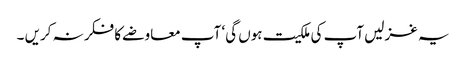
یہ غزلیں آپ کی ملکیت ہوں گی‘ آپ معاوضے کا فکر نہ کریں ۔